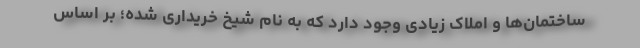
ساختمان‌ها و املاک زیادی وجود دارد که به نام شیخ خریداری شده؛ بر اساس